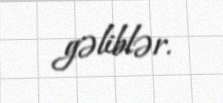
gəliblər.